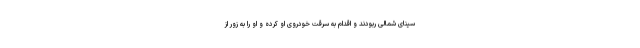
سینای شمالی ربودند و اقدام به سرقت خودروی او کرده و او را به زور از